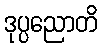
ဒုပ္ပညောတိ